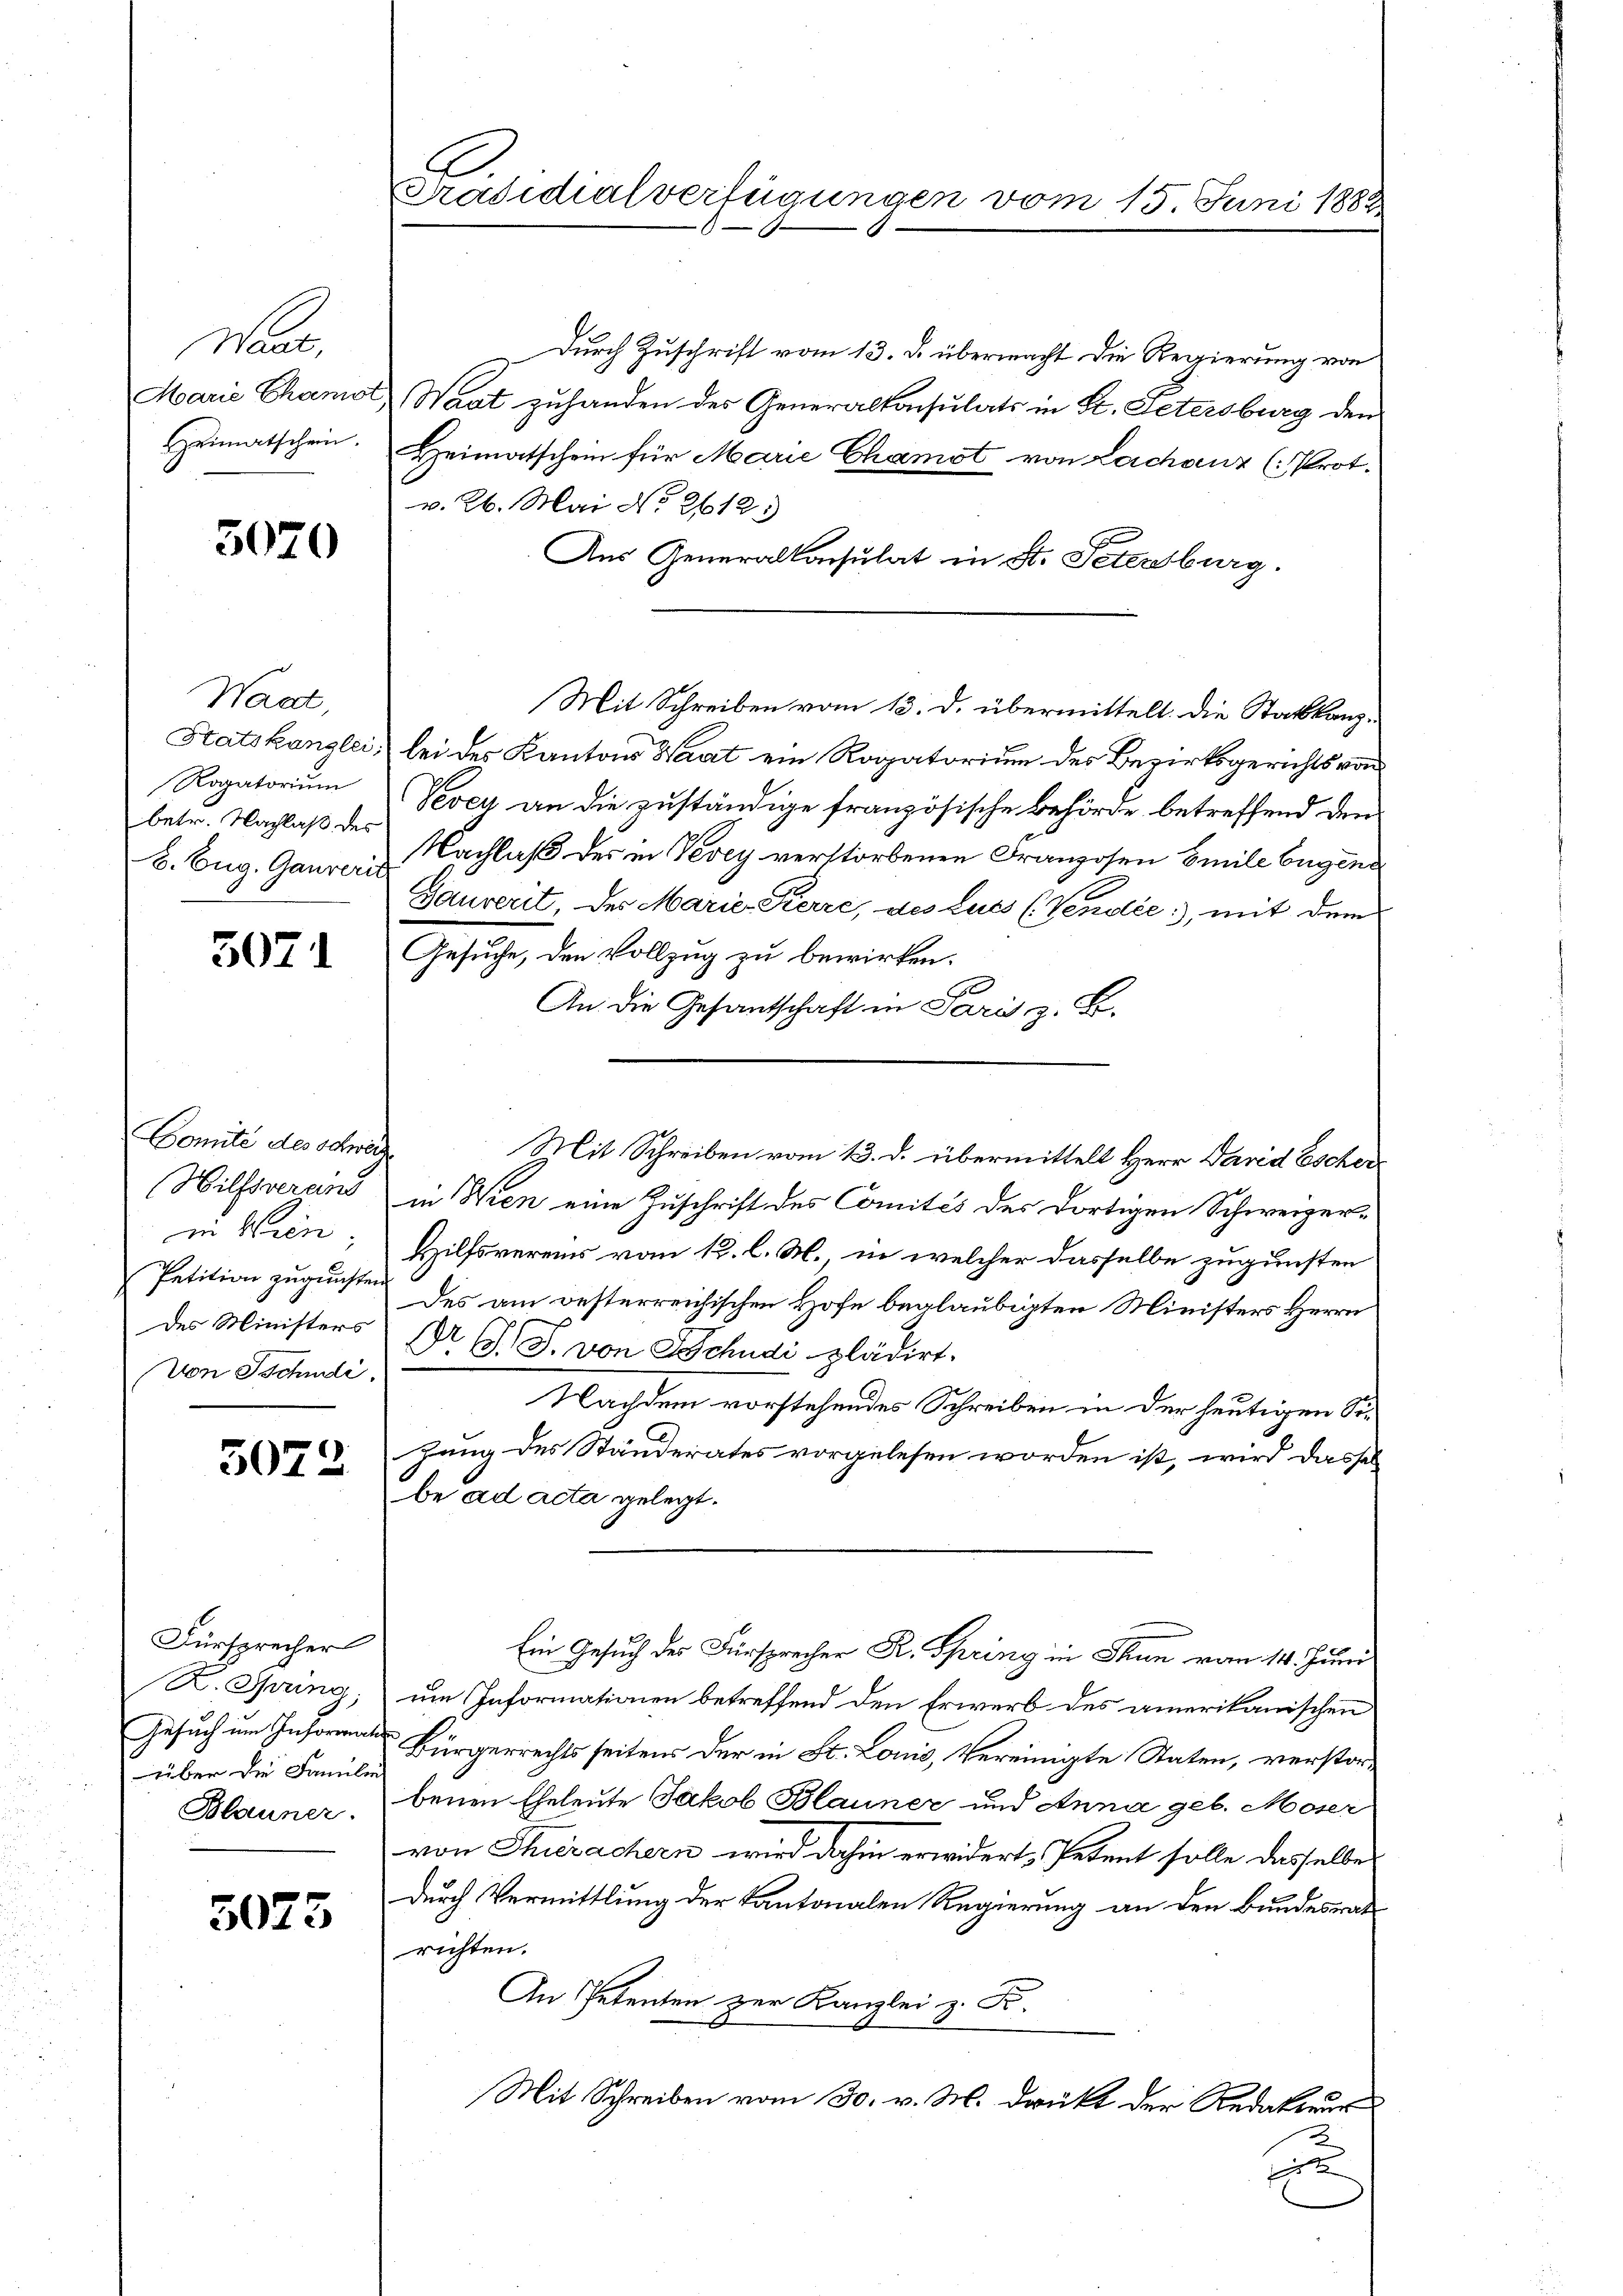
Das.

Waadt,
betr. Nachlaß des
. Eug. Gauverit

Comité des Schweiz
Petition zugunsten
des Ministers
von Tschudi.

5020

3072

Fürsprecher
über die Familie

5073

Durch Zuschrift vom 13. d. übermacht die Regierung von
Marie Chamot, Waat zuhanden des Generalkonsulats in St. Petersburg den
zeimatschen. Heimatschen für Marie Chamot von Lachanz (: Prot.
v. 26. Mai No 2612)
Aus Generalkonsulat in St. Petersburg.
Statskanzlei bei des Kantons Saat ein Rogatorium des Bezirksgerichts von
Rogatorium (Vevey an die zuständige französische Behörde betreffend den
Nachlaß des in Vevey verstorbenen Franzosen Emile Eugend
Gauverit, des Marie-Kerre, des Lucs (Vendée, mit dem
2 Gesuche, den Vollzug zu bewirken.
An die Gesantschaft in Paris z. B.
Hilfsverand in Wien eine Zuschrift des Comités des dortigen Schweizerin Wien, Hilfsvereins vom 12. l. M., in welcher dasselbe zugunsten
Des am oesterreichischen Hofe beglaubigten Ministers Herrn
 EG. J. von Schudi plädirt.
Nachdem vorstehendes Schreiben in der heutigen Sizung des Ständerates vorgelesen worden ist, wird dassel
be ad acta gelegt.
Ein Gesuch des Fürsprecher R. Spring in Thun vom 14. Juni
K. Spring, um Informationen betreffend den Erwerb des amerikanischen
Gesuch um Informan Bürgerrechts seitens der in St. Louis, Vereinigte Staten, verstor¬
Blauner. Benen Eheleute Jakob Blauner und Anna geb. Moser
von Thierachern wird dahin erwidert, Petent solle dasselbe
durch Vermittlung der Kantonalen Regierung an den Bundesrat
richten.
An Petenten zur Kanzlei z. B.
Mit Schreiben vom 30. v. M. drückt der Redakteur
E

E
Präsidialverfügungen vom 15. Juni 188

Mit Schreiben vom 13. d. übermittelt. Die Stattkanz¬

Mit Schreiben vom 13. d. übermittelt Herr David Escher